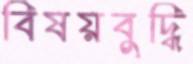
বিষয়বুদ্ধি